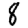
Digit: 8